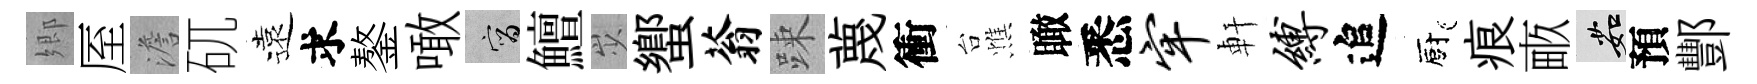
郷厔澹矹遠求鏊噉宵鱣𡵯蠁蓊踈蔑衝台憔瞰悉牢軒缚追廚痕畞茹預酆